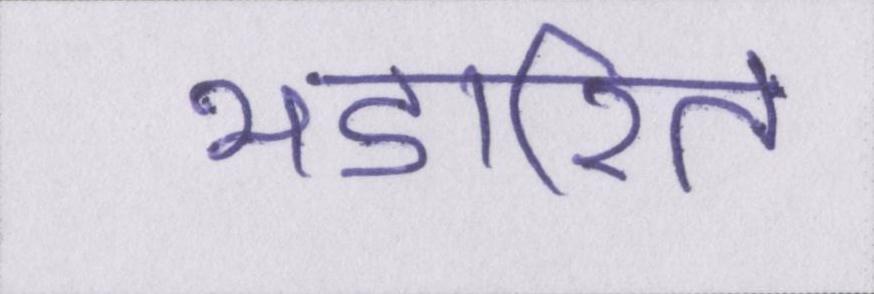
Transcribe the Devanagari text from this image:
भंडारित